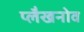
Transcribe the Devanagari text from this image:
प्लैखनोव